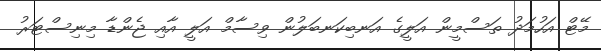
މޭޓް އަހުމަދު ތަސްމީން އަލީގެ އަނބިކަނބަލުން ވިސާމް އަލީ އާއި ޖެންޑާ މިނިސްޓަރު